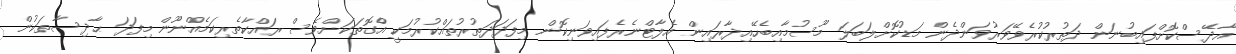
އާދޭސްކޮށްފައިބުނަން ދަތުރުކުރެވޭވަރުވަންދެން މަޑުކޮށްލަބަލަ މޫސުމާއިބެހޭއިދާރައިން އެލާޓްނެރެފައިވަނިކޮން މިފަދަދަތުރުތައްކުރުމަކީ އެްްގޮތަކަށްވެސް ރައްކާތެރިކަމެއްނޫން މިފަދަ ޙާދިސާތަކުން